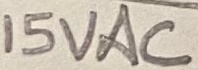
Text: 15VAC